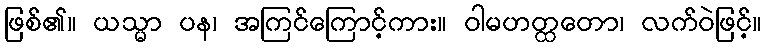
ဖြစ်၏။ ယသ္မာ ပန၊ အကြင်ကြောင့်ကား။ ဝါမဟတ္ထတော၊ လက်ဝဲဖြင့်။